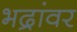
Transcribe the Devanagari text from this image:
भद्रांवर